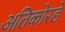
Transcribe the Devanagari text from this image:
अतिकोरडे